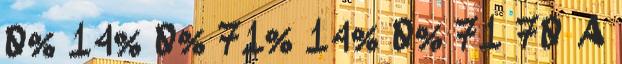
0% 14% 0% 71% 14% 0% 71 70 A